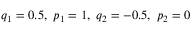
q _ { 1 } = 0 . 5 , \ p _ { 1 } = 1 , \ q _ { 2 } = - 0 . 5 , \ p _ { 2 } = 0